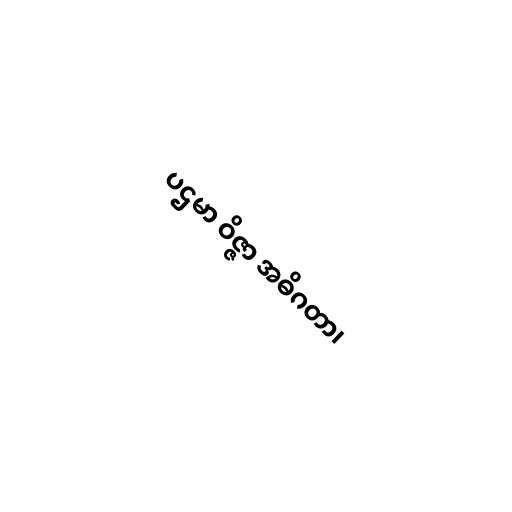
ပဌမာ ဝိဇ္ဇာ အဓိဂတာ၊